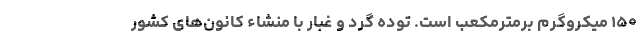
۱۵۰ میکروگرم برمترمکعب است. توده گرد و غبار با منشاء کانون‌های کشور